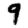
Digit: 9